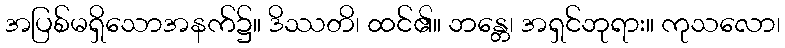
အပြစ်မရှိသောအနက်၌။ ဒိဿတိ၊ ထင်၏။ ဘန္တေ၊ အရှင်ဘုရား။ ကုသလော၊